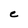
Character: C